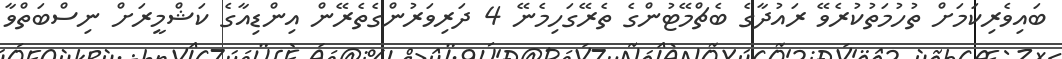
ބައިވެރިކަމަށް ތުހުމަތުކުރެވޭ ރައުދާގެ ބެޗްމޭޓުންގެ ތެރޭގަހިމެނޭ 4 ދަރިވަރުންގެތެރޭން އިންޑިއާގެ ކަޝްމީރަށް ނިސްބަތްވާ